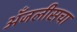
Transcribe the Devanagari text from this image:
अँजलीसचा